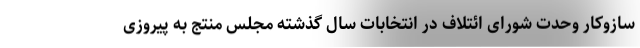
سازوکار وحدت شورای ائتلاف در انتخابات سال گذشته مجلس منتج به پیروزی